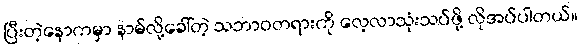
ပြီးတဲ့နောကမှာ နာမ်လို့ခေါ်တဲ့ သဘာဝတရားကို လေ့လာသုံးသပ်ဖို့ လိုအပ်ပါတယ်။